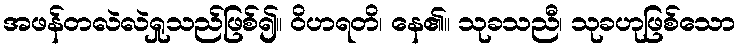
အဖန်တလဲလဲရှုသည်ဖြစ်၍။ ဝိဟရတိ၊ နေ၏။ သုခသညီ၊ သုခဟုဖြစ်သော